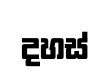
දහස්